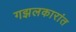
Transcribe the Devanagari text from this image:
गझलकारांत